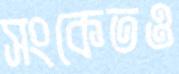
সংকেতও